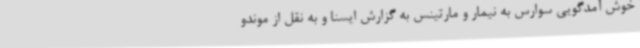
خوش آمدگویی سوارس به نیمار و مارتینس به گزارش ایسنا و به نقل از موندو